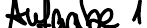
Aufgabe 1